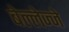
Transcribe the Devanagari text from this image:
बेल्लेज्जे